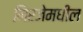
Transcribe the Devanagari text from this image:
मिरजेमधील